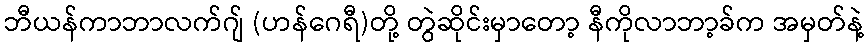
ဘီယန်ကာဘာလက်ဂျ် (ဟန်ဂေရီ)တို့ တွဲဆိုင်းမှာတော့ နီကိုလာဘာ့ခ်က အမှတ်နဲ့